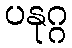
ပနုဂ္ဂ